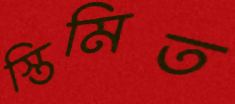
স্তিমিত